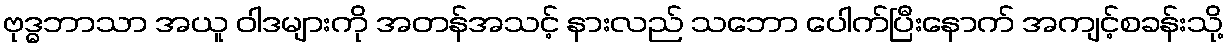
ဗုဒ္ဓဘာသာ အယူ ဝါဒများကို အတန်အသင့် နားလည် သဘော ပေါက်ပြီးနောက် အကျင့်စခန်းသို့